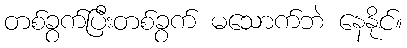
တစ်ခွက်ပြီးတစ်ခွက် မသောက်ဘဲ နေနိုင်။